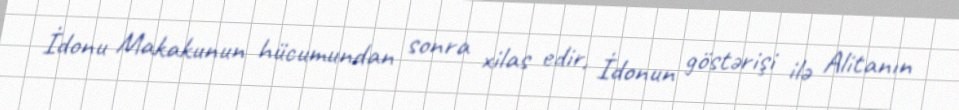
İdonu Makakunun hücumundan sonra xilas edir, İdonun göstərişi ilə Alitanın